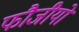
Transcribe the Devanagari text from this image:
फौजीयों